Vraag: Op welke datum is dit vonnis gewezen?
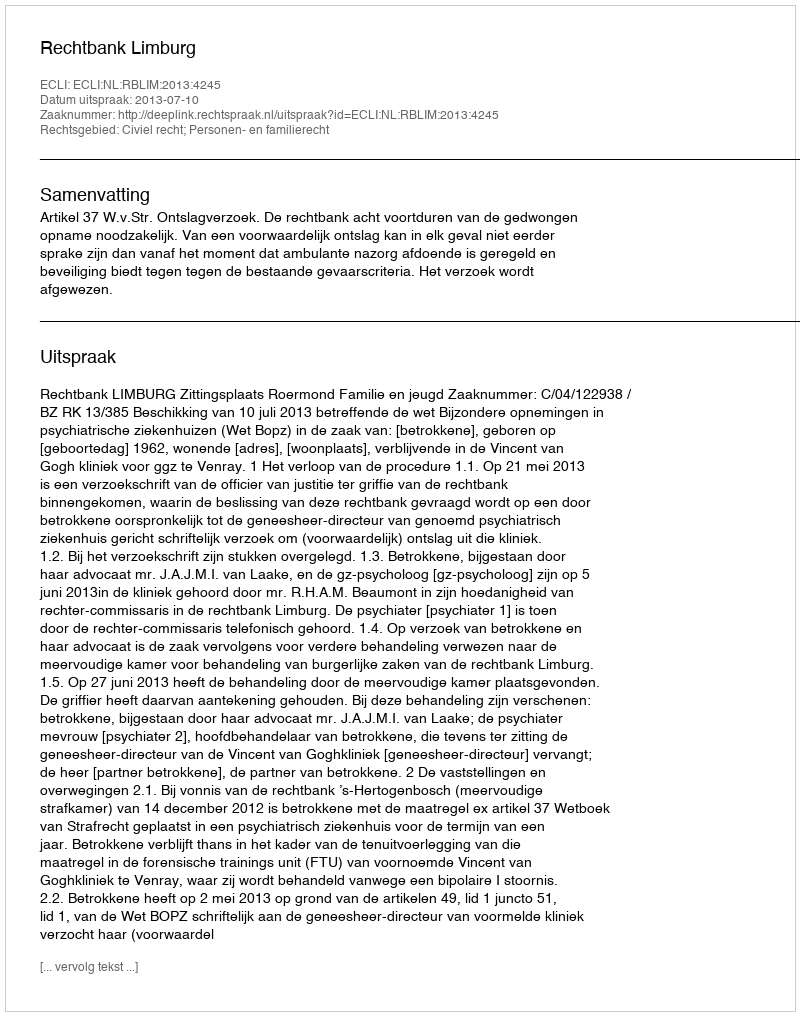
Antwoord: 2013-07-10